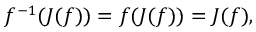
f ^ { - 1 } ( J ( f ) ) = f ( J ( f ) ) = J ( f ) ,